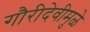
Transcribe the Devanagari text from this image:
गौरीदेवीमुळे